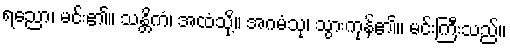
ရညော၊ မင်း၏။ သန္တိကံ၊ အထံသို့။ အဂမံသု၊ သွားကုန်၏။ မင်းကြီးသည်။